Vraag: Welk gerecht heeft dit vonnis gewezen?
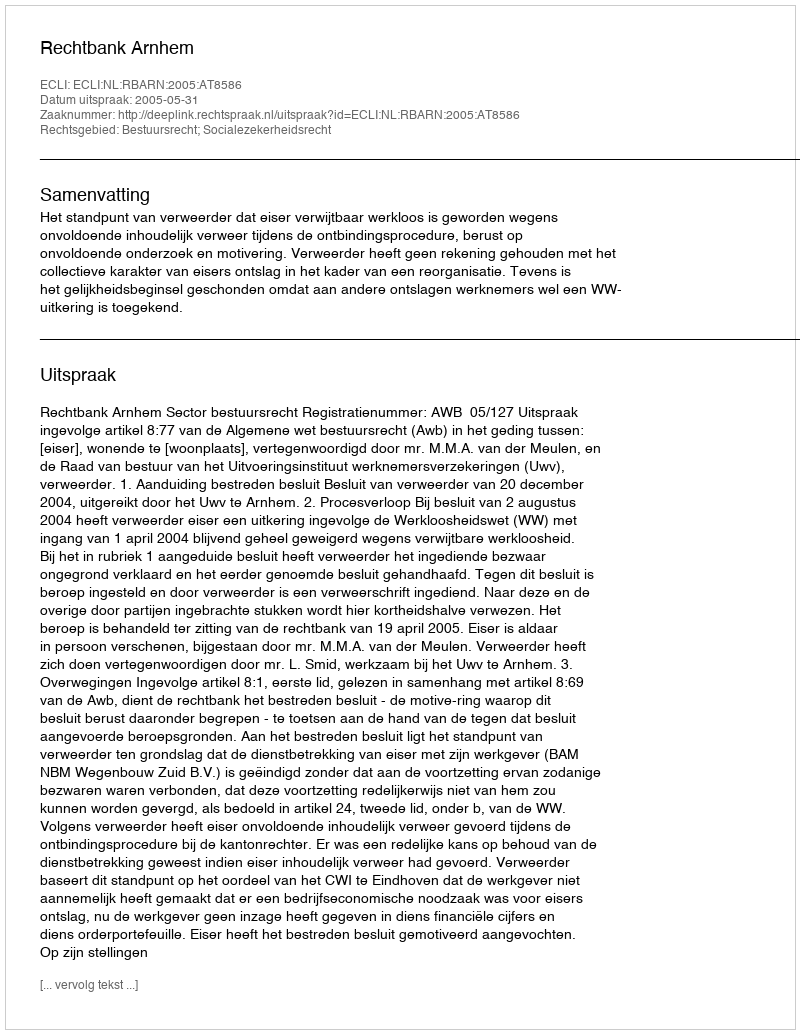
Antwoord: Rechtbank Arnhem